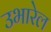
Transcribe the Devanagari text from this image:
उभारेल